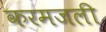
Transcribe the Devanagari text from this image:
करमजली